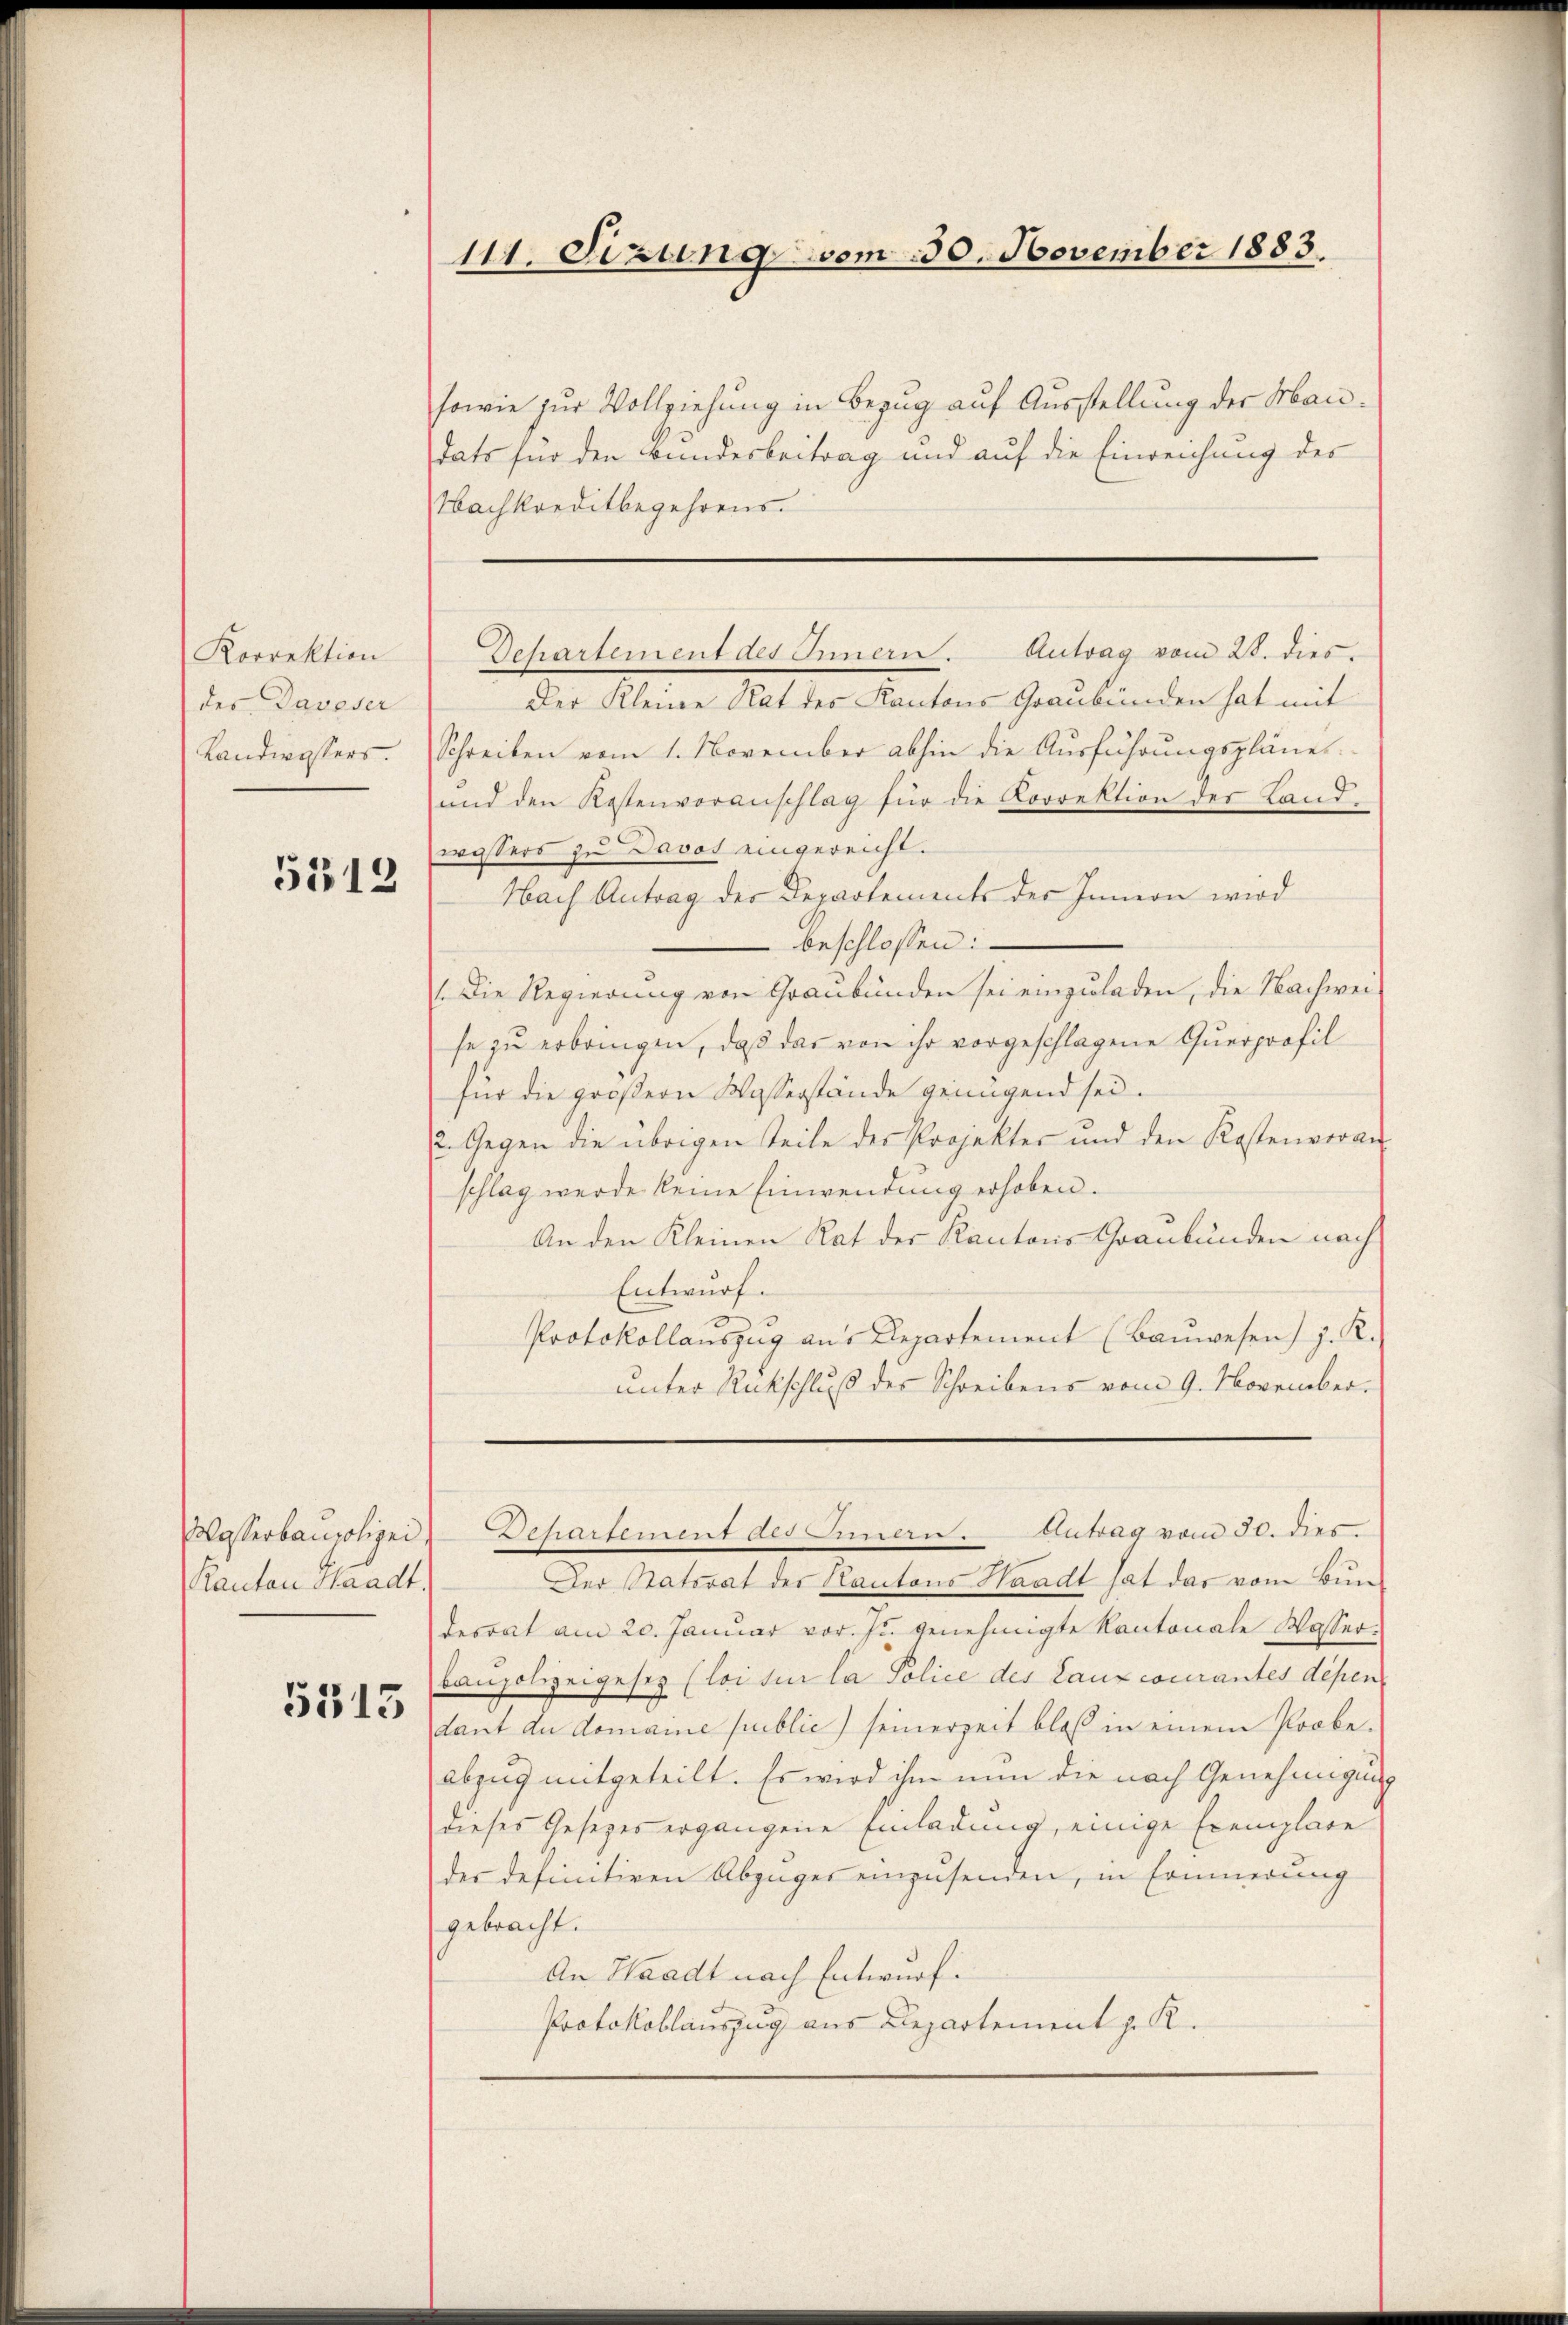
Korrektion
des Daveser
Landwassers.

5312

Kanton Waadt.

5513

111. Sizung vom 30. November 1883.

sowie zur Vollziehung in Bezug auf Ausstellung der Mandats für den Bundesbeitrag und auf die Einreichung des
Nachkreditbegehrens.
Der Kleine Rat des Kantons Graubünden hat mit
Schreiben vom 1. November abhin die Ausführungspläne.
und den Kostenvoranschlag für die Korrektion der Landwassers zu Davos eingereicht.
Nach Antrag des Departements des Innern wird
 beschlossen:
(Die Regierung von Graubünden sei einzuladen, die Nachweise zu erbringen, daß das von ihr vorgeschlagene Querprofil
für die großern Wasserstände genügend sei.
2. Gegen die übrigen Teile des Projekter und den Kostenveran-
schlag werde keine Einwendung erhoben.
An den Kleinen Rat der Kantons Graubünden nach
Entwurf.
Protokollaŭszŭg ans Departement (Baŭwesen) z. R.
unter Rückschluß des Schreibens vom 9. November.
Wasserbaupolizei Departement des Innern. Antrag vom 30. dies
Der Ratsrat des Kantons Waadt hat das vom Bundesrat am 20. Januar vor. pr. genehmigte Kantonale Wasserbaupolizeigesez (loitur la Police des Lanzcourantes depen
dant du domaine public) seinerzeit bloß in einem Probe-
abzug mitgeteilt. Es wird ihm nun die nach Genehmigung
dieses Gesetzes ergangene Einladung, einige Exemplare
der definitiven Abzuges einzusenden, in Erinnerung
gebracht.
An Waadt nach Entwurf.
Protokollauszug aus Departement z. K.

Dchartement des Innern. Antrag vom 28. dies